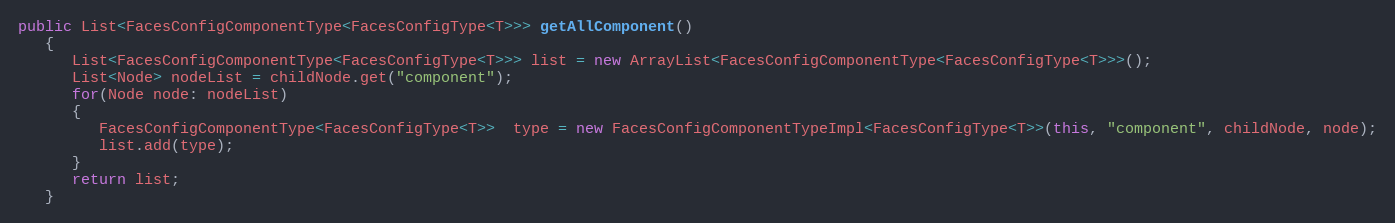
Language: Java
public List<FacesConfigComponentType<FacesConfigType<T>>> getAllComponent()
   {
      List<FacesConfigComponentType<FacesConfigType<T>>> list = new ArrayList<FacesConfigComponentType<FacesConfigType<T>>>();
      List<Node> nodeList = childNode.get("component");
      for(Node node: nodeList)
      {
         FacesConfigComponentType<FacesConfigType<T>>  type = new FacesConfigComponentTypeImpl<FacesConfigType<T>>(this, "component", childNode, node);
         list.add(type);
      }
      return list;
   }